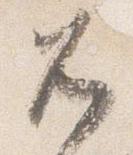
兀